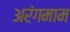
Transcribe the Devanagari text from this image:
अरंगमाम